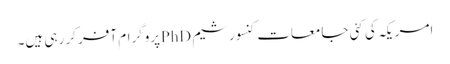
امریکہ کی کئی جامعات کنسورشیم PhDپروگرام آفر کر رہی ہیں۔